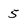
Character: 5